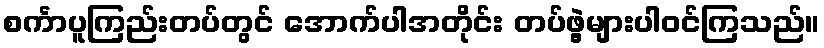
စင်္ကာပူကြည်းတပ်တွင် အောက်ပါအတိုင်း တပ်ဖွဲ့များပါဝင်ကြသည်။